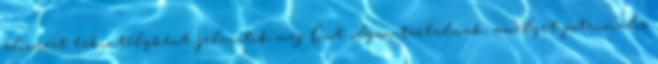
elismert tekintélyként jelenítik meg Önt, olyan tartalmak, amelyet potenciális